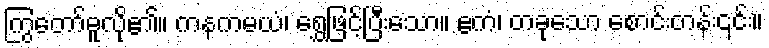
ကြွတော်မူလို၏။ ကနကမယံ၊ ရွှေဖြင့်ပြီးသော။ ဧကံ၊ တခုသော စောင်းတန်း၎င်း။